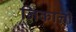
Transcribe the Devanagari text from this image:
निकालो